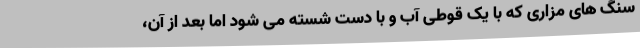
سنگ های مزاری که با یک قوطی آب و با دست شسته می شود اما بعد از آن،